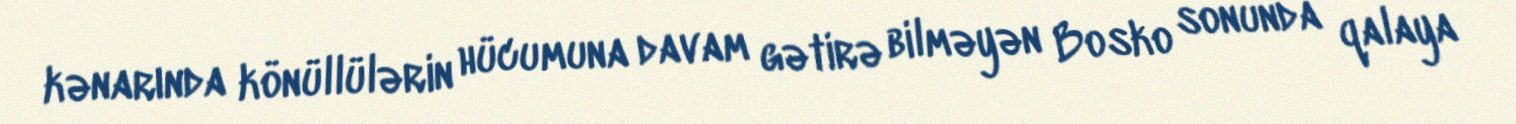
kənarında könüllülərin hücumuna davam gətirə bilməyən Bosko sonunda qalaya